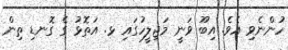
ހުންނެވި އެވެ. އިބޫ ވަނީ މަޖިލީހުގައި ޅ. އަތޮޅު ގެ ގޮނޑި ތިން